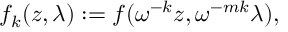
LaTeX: f _ { k } ( z , \lambda ) : = f ( \omega ^ { - k } z , \omega ^ { - m k } \lambda ) ,